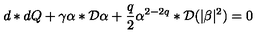
d * d Q + \gamma \alpha * { \cal { D } } \alpha + \frac { q } { 2 } \alpha ^ { 2 - 2 q } * { \cal { D } } ( | \beta | ^ { 2 } ) = 0